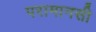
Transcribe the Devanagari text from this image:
परामानसी